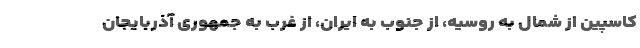
کاسپین از شمال به روسیه، از جنوب به ایران، از غرب به جمهوری آذربایجان